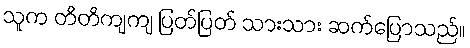
သူက တိတိကျကျ ပြတ်ပြတ် သားသား ဆက်ပြောသည်။